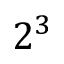
2 ^ { 3 }